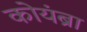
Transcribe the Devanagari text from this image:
कोयंब्रा